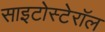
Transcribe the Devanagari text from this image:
साइटोस्टेरॉल